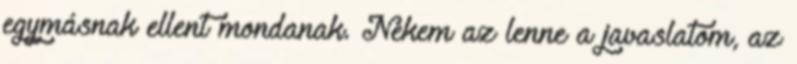
egymásnak ellent mondanak. Nekem az lenne a javaslatom, az